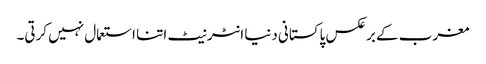
مغرب کے برعکس پاکستانی دنیا انٹرنیٹ اتنا استعمال نہیں کرتی۔